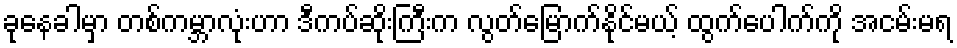
ခုနေခါမှာ တစ်ကမ္ဘာလုံးဟာ ဒီကပ်ဆိုးကြီးက လွတ်မြောက်နိုင်မယ့် ထွက်ပေါက်ကို အငမ်းမရ